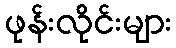
ဖုန်းလိုင်းများ